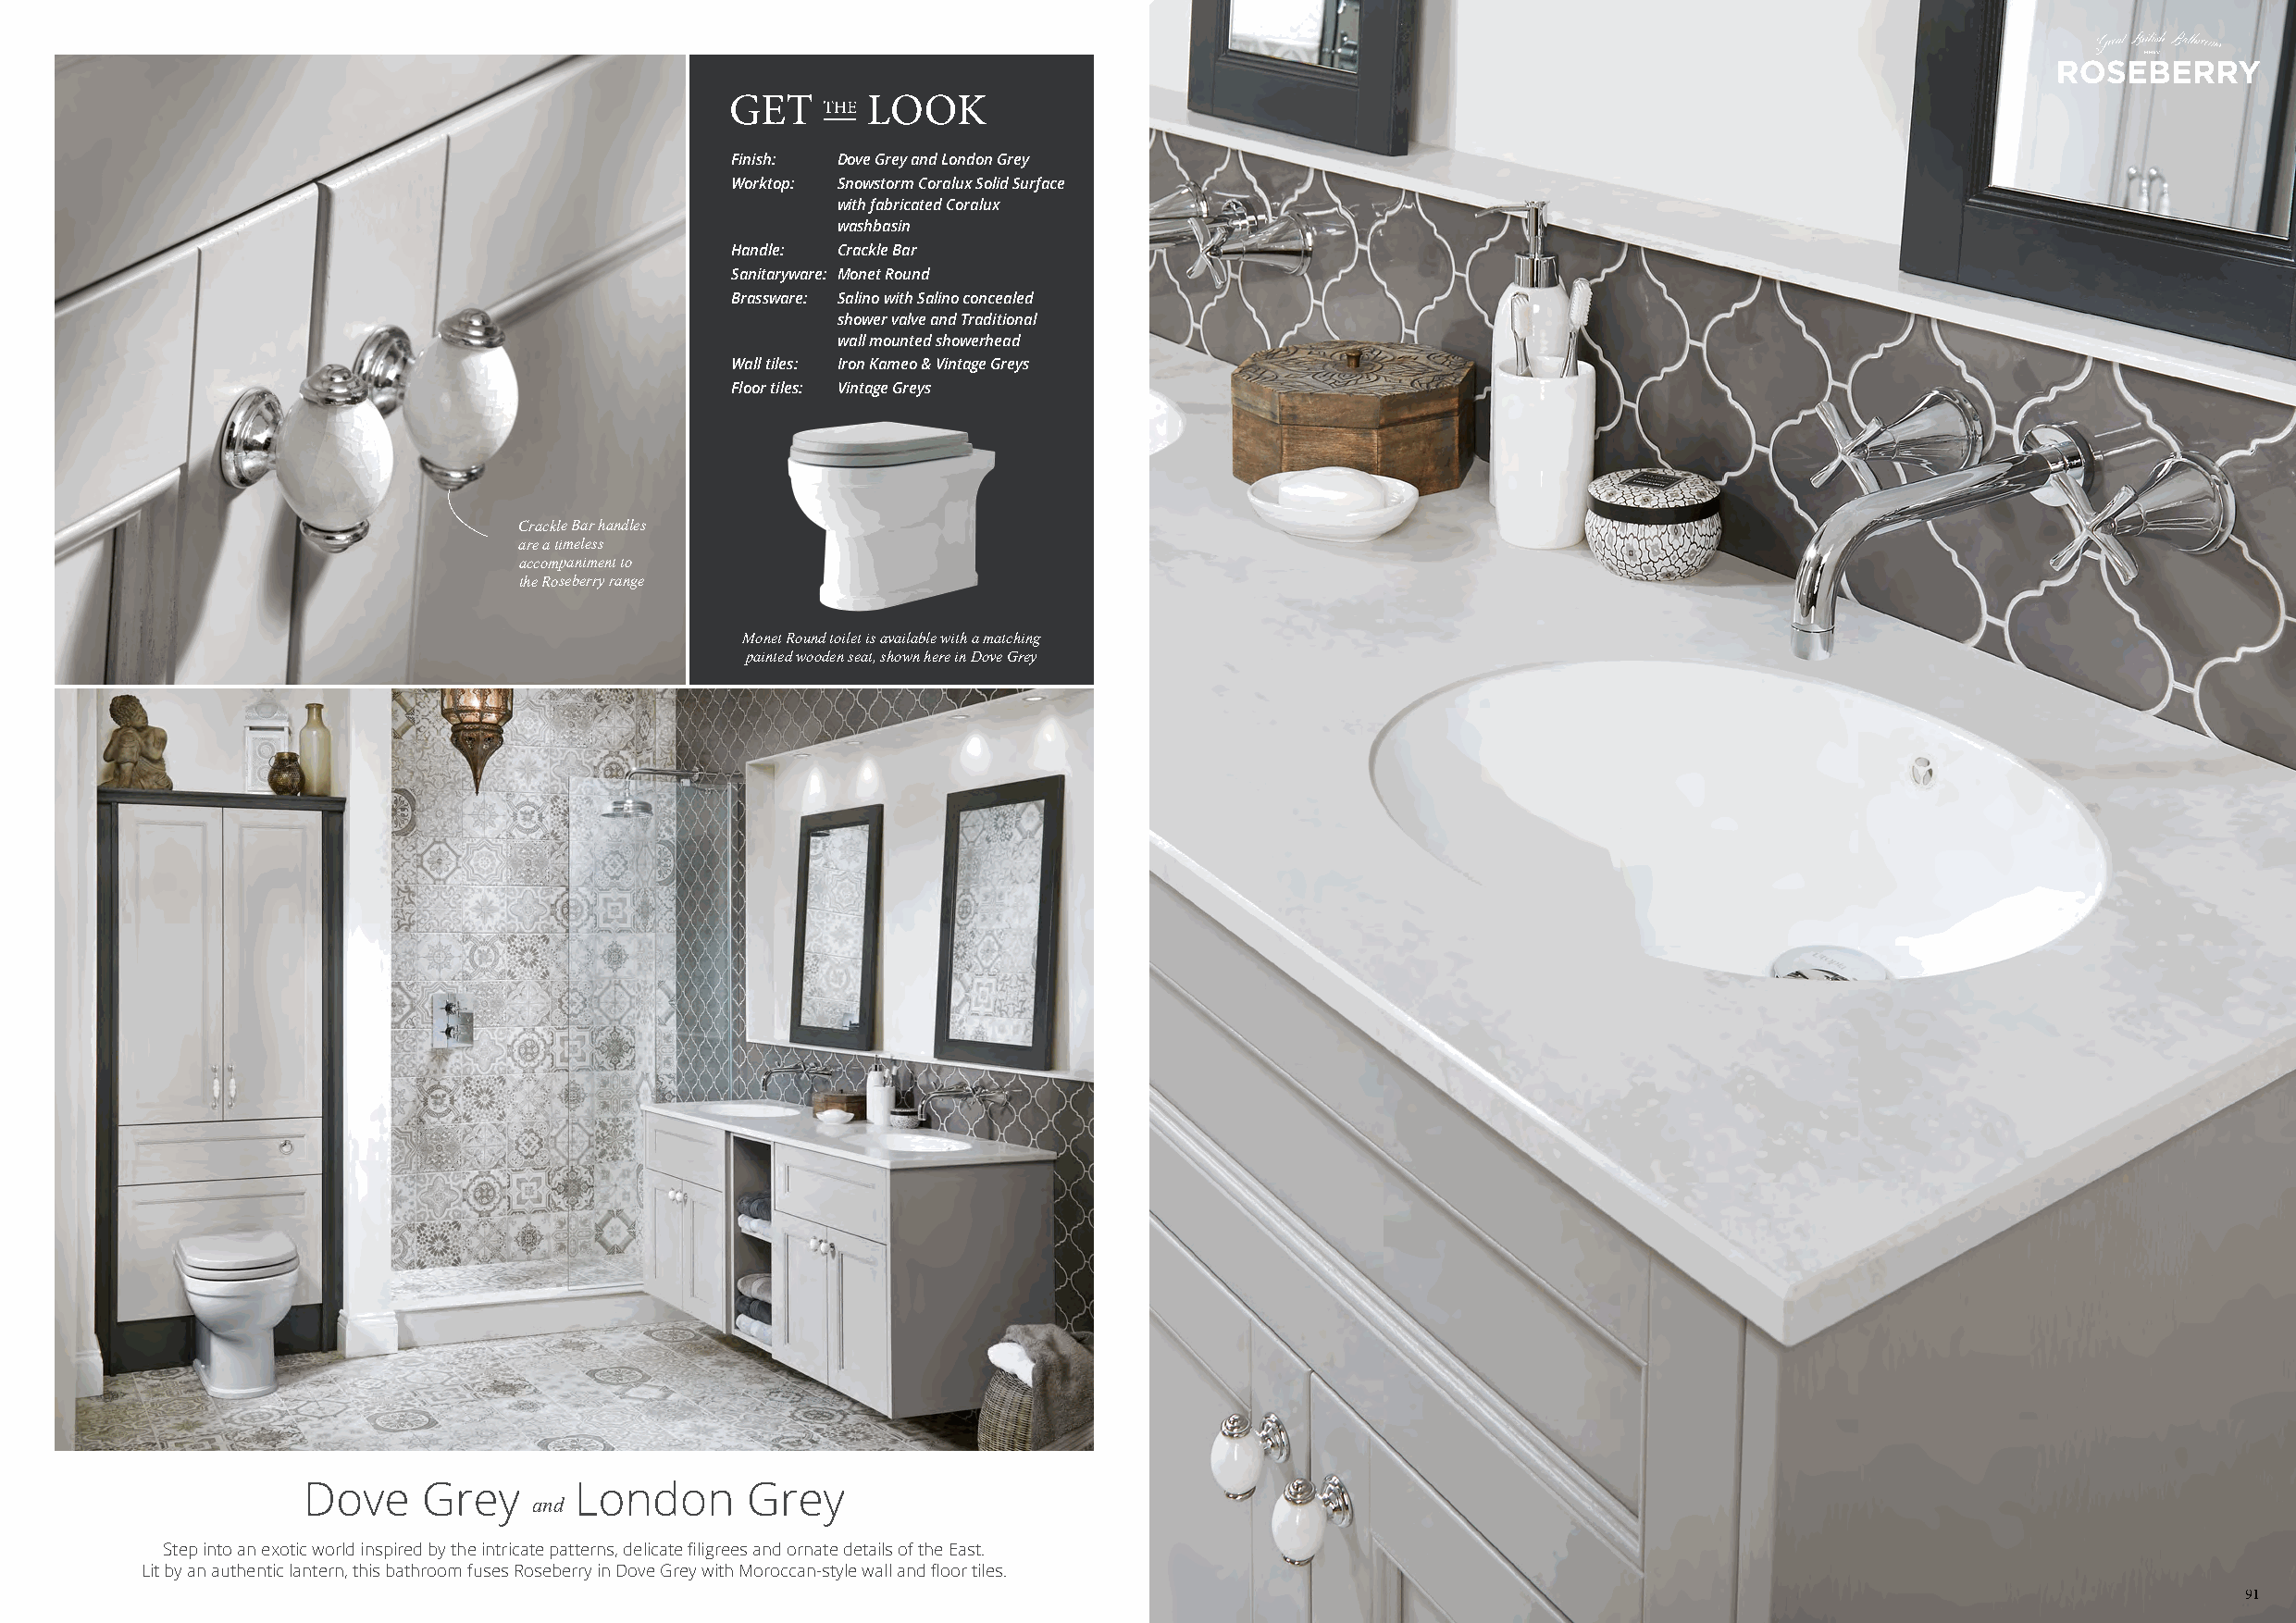
Finish: Dove Grey and London Grey
 Worktop: Snowstorm Coralux Solid Surface
 with fabricated Coralux
 washbasin
 Handle: Crackle Bar
 Sanitaryware: Monet Round
 Brassware: Salino with Salino concealed
 shower valve and Traditional
 wall mounted showerhead
 Wall tiles: Iron Kameo & Vintage Greys
 Floor tiles: Vintage Greys
 Crackle Bar handles
 are a timeless
 accompaniment to
 the Roseberry range
 Monet Round toilet is available with a matching
 painted wooden seat, shown here in Dove Grey
 Dove    Grey       London      Grey
 and
 Step into an exotic world inspired by the intricate patterns, delicate filigrees and ornate details of the East.
 Lit by an authentic lantern, this bathroom fuses Roseberry in Dove Grey with Moroccan-style wall and floor tiles.
 9911